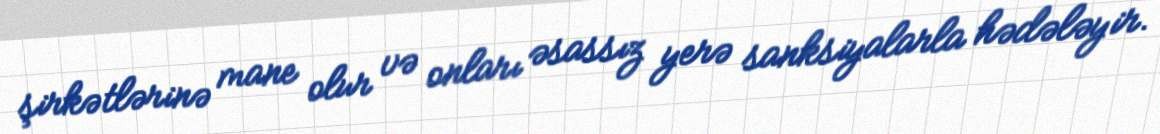
şirkətlərinə mane olur və onları əsassız yerə sanksiyalarla hədələyir.